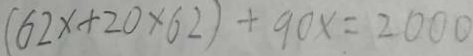
( 6 2 x + 2 0 \times 6 2 ) + 9 0 x = 2 0 0 0